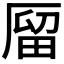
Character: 𠪐